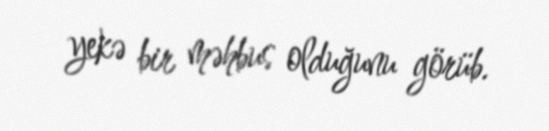
yekə bir məhbus olduğunu görüb.